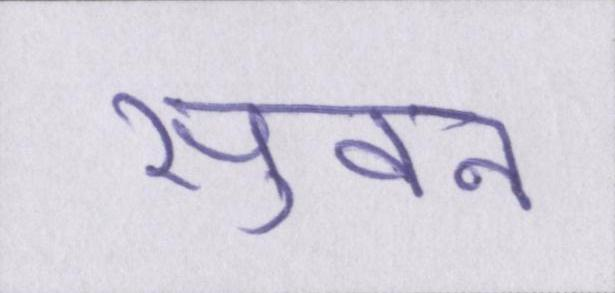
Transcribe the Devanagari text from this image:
सुवन